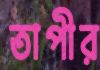
তাপীর